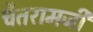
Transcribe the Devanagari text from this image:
चैतरामजी